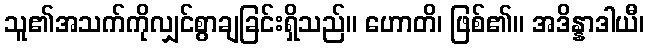
သူ၏အသက်ကိုလျှင်စွာချခြင်းရှိသည်။ ဟောတိ၊ ဖြစ်၏။ အဒိန္နာဒါယီ၊